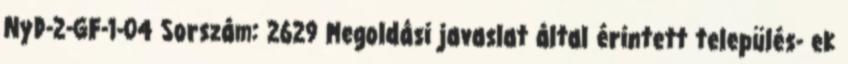
NyD-2-GF-1-04 Sorszám: 2629 Megoldási javaslat által érintett település- ek